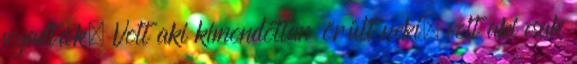
fogadták. Volt aki kimondottan örült neki, volt aki csak